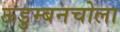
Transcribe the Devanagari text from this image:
ऊडुम्बनचोला